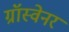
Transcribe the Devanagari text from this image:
ग्रॉस्वेनर